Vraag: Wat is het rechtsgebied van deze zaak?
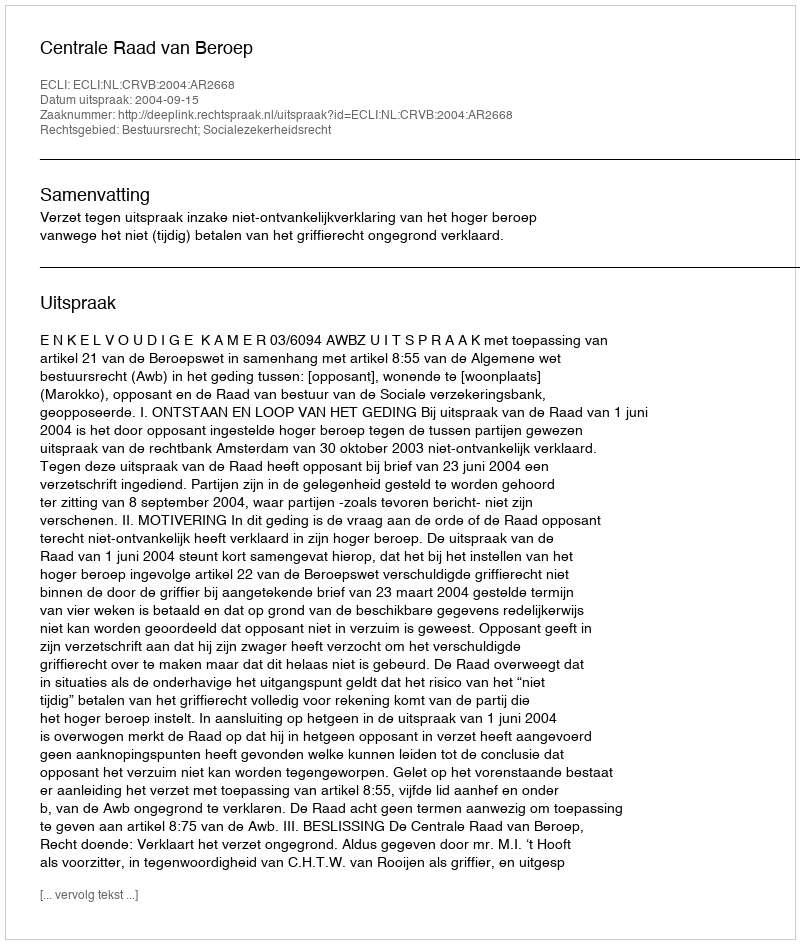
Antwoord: Bestuursrecht; Socialezekerheidsrecht